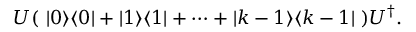
U ( \ | 0 \rangle \langle 0 | + | 1 \rangle \langle 1 | + \cdots + | k - 1 \rangle \langle k - 1 | \ ) U ^ { \dagger } .